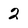
Character: 2